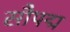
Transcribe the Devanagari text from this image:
सौपद्म